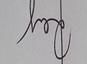
Signature authenticity: genuine